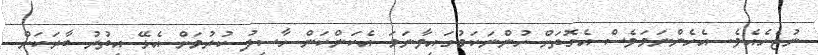
ނުޖެހެއެވެ. އެހެންނަމަވެސް އެގޮތަށް ހުންނަކަމުގައިވާނަމަ އެކަންކަން ހާސިލު ކުރުމަށް އެޅޭ އިތުރު ބާރަކަށް